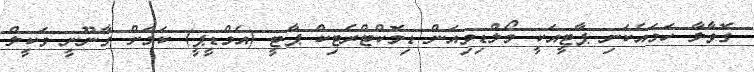
ގޮވާލާ ހަމައެކަނި ޕާޓީއަކީ މޯލްޑިވިއަން ޑިމޮކްޓްރެޓިކް ޕާޓީ (އެމްޑީޕީ) ކަމަށް ގާނޫނީ ވަކީލް